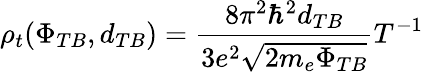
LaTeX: \rho_{t}(\Phi_{TB},d_{TB})=\frac{8\pi^{2}\hbar^{2}d_{TB}}{3e^{2}\sqrt{2m_{e}\Phi_{TB}}}T^{-1}